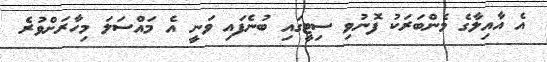
އެ އާއިލާގެ މެންބަރަކު ފޮނުވި ސިޓީގައި ބުނެފައި ވަނީ އެ މައްސަލަ މިހާރަށްވުރެ